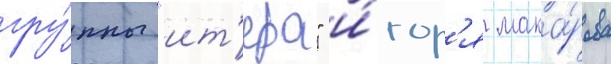
гру́ппы "ит'ера" и́гор'я мака́рова